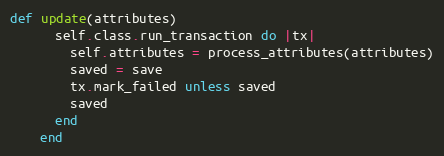
Language: Ruby
def update(attributes)
      self.class.run_transaction do |tx|
        self.attributes = process_attributes(attributes)
        saved = save
        tx.mark_failed unless saved
        saved
      end
    end